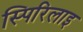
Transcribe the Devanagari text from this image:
स्पिरिलाइ